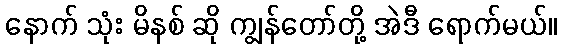
နောက် သုံး မိနစ် ဆို ကျွန်တော်တို့ အဲဒီ ရောက်မယ်။